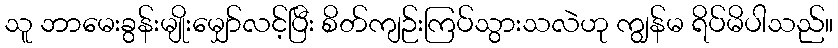
သူ ဘာမေးခွန်းမျိုးမျှော်လင့်ပြီး စိတ်ကျဉ်းကြပ်သွားသလဲဟု ကျွန်မ ရိပ်မိပါသည်။